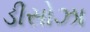
ડીસોઝા